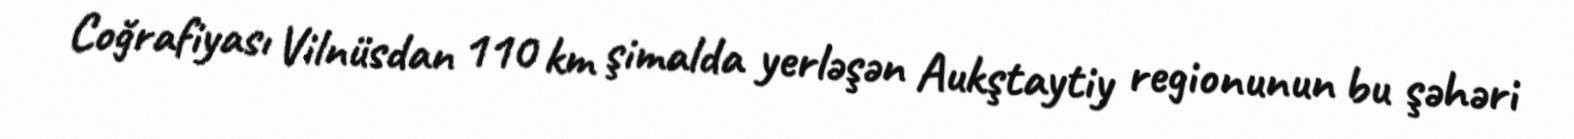
Coğrafiyası Vilnüsdan 110 km şimalda yerləşən Aukştaytiy regionunun bu şəhəri